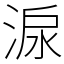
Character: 㴃